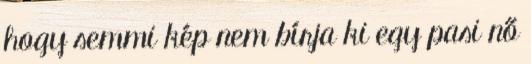
hogy semmi kép nem bírja ki egy pasi nő